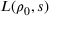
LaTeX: L ( \rho _ { 0 } , s )